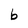
Character: b